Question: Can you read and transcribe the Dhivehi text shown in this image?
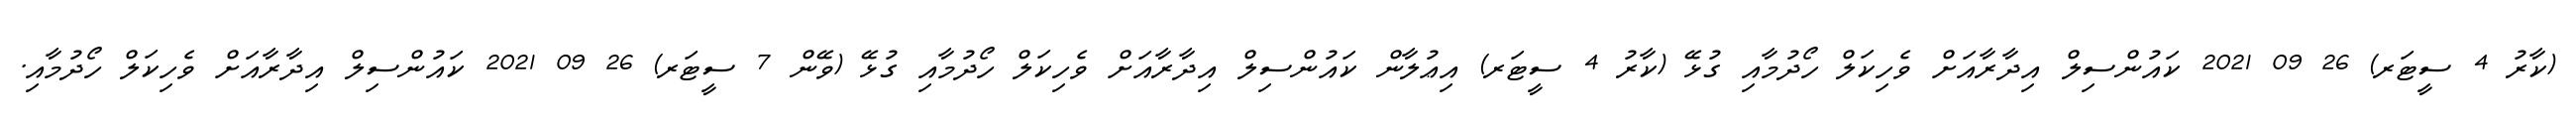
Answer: (ކާރު 4 ސީޓަރ) 26 09 2021 ކައުންސިލް އިދާރާއަށް ވެހިކަލް ހޯދުމާއި ގުޅޭ (ކާރު 4 ސީޓަރ) އިޢުލާން ކައުންސިލް އިދާރާއަށް ވެހިކަލް ހޯދުމާއި ގުޅޭ (ވޭން 7 ސީޓަރ) 26 09 2021 ކައުންސިލް އިދާރާއަށް ވެހިކަލް ހޯދުމާއި.